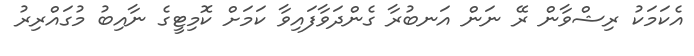
އެކަމަކު ރިޝްވާން ރޭ ނަން އަނބުރާ ގެންދަވާފައިވާ ކަމަށް ކޮމިޓީގެ ނާއިބު މުގައްރިރު